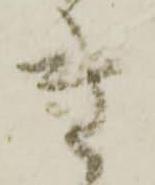
き